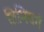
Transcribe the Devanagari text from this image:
तिमिवर्ग